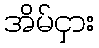
အိမ်ငှား